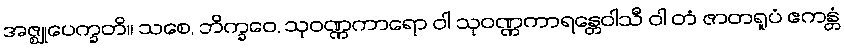
အဇ္ဈုပေက္ခတိ။ သစေ, ဘိက္ခဝေ, သုဝဏ္ဏကာရော ဝါ သုဝဏ္ဏကာရန္တေဝါသီ ဝါ တံ ဇာတရူပံ ဧကန္တံ